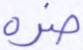
ضره